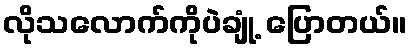
လိုသလောက်ကိုပဲချုံ့ ပြောတယ်။